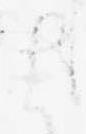
ま